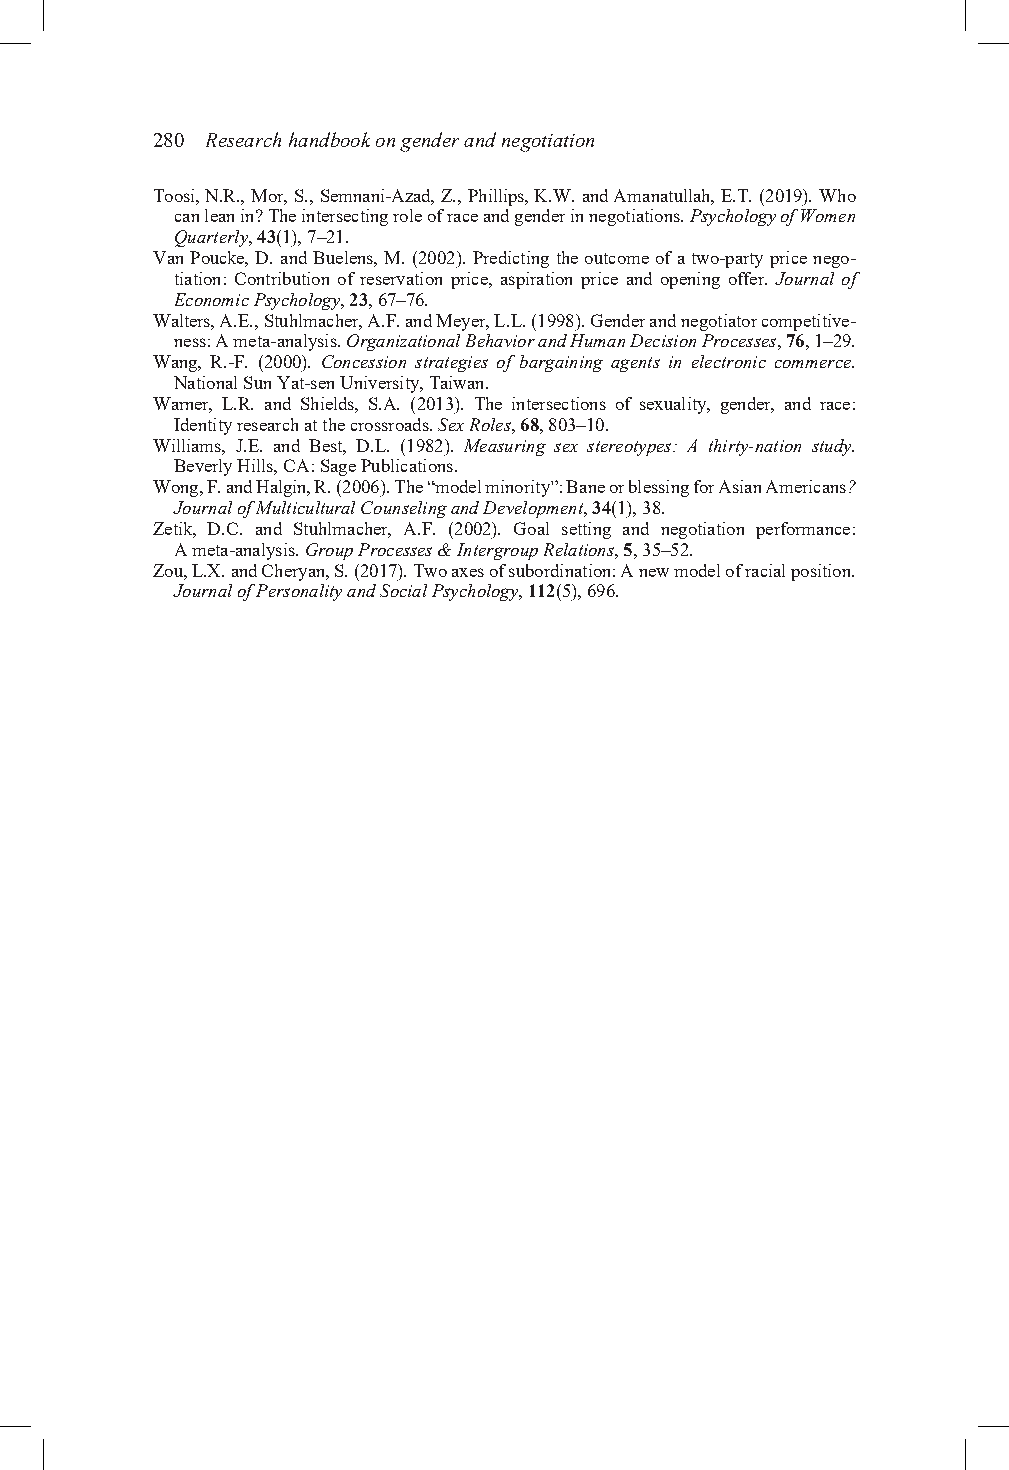
280 Research handbook on gender and negotiation
 Toosi, N.R., Mor, S., Semnani-Azad, Z., Phillips, K.W. and Amanatullah, E.T. (2019). Who
 can lean in? The intersecting role of race and gender in negotiations. Psychology of Women
 Quarterly, 43(1), 7–21.
 Van Poucke, D. and Buelens, M. (2002). Predicting the outcome of a two-party price nego-
 tiation: Contribution of reservation price, aspiration price and opening offer. Journal of
 Economic Psychology, 23, 67–76.
 Walters, A.E., Stuhlmacher, A.F. and Meyer, L.L. (1998). Gender and negotiator competitive-
 ness: A meta-analysis. Organizational Behavior and Human Decision Processes, 76, 1–29.
 Wang, R.-F. (2000). Concession strategies of bargaining agents in electronic commerce.
 National Sun Yat-sen University, Taiwan.
 Warner, L.R. and Shields, S.A. (2013). The intersections of sexuality, gender, and race:
 Identity research at the crossroads. Sex Roles, 68, 803–10.
 Williams, J.E. and Best, D.L. (1982). Measuring sex stereotypes: A thirty-nation study.
 Beverly Hills, CA: Sage Publications.
 Wong, F. and Halgin, R. (2006). The “model minority”: Bane or blessing for Asian Americans?
 Journal of Multicultural Counseling and Development, 34(1), 38.
 Zetik, D.C. and Stuhlmacher, A.F. (2002). Goal setting and negotiation performance:
 A meta-analysis. Group Processes & Intergroup Relations, 5, 35–52.
 Zou, L.X. and Cheryan, S. (2017). Two axes of subordination: A new model of racial position.
 Journal of Personality and Social Psychology, 112(5), 696.